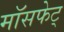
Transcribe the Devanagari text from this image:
मॉसफेट्